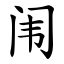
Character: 闱